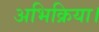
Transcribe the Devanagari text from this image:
अभिक्रिया।